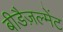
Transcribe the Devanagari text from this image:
बीडैज़ल्मेंट